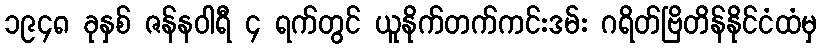
၁၉၄၈ ခုနှစ် ဇန်နဝါရီ ၄ ရက်တွင် ယူနိုက်တက်ကင်းဒမ်း ဂရိတ်ဗြိတိန်နိုင်ငံထံမှ